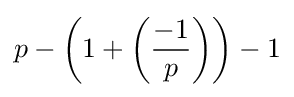
p-\left(1+\left({\frac {-1}{p}}\right)\right)-1